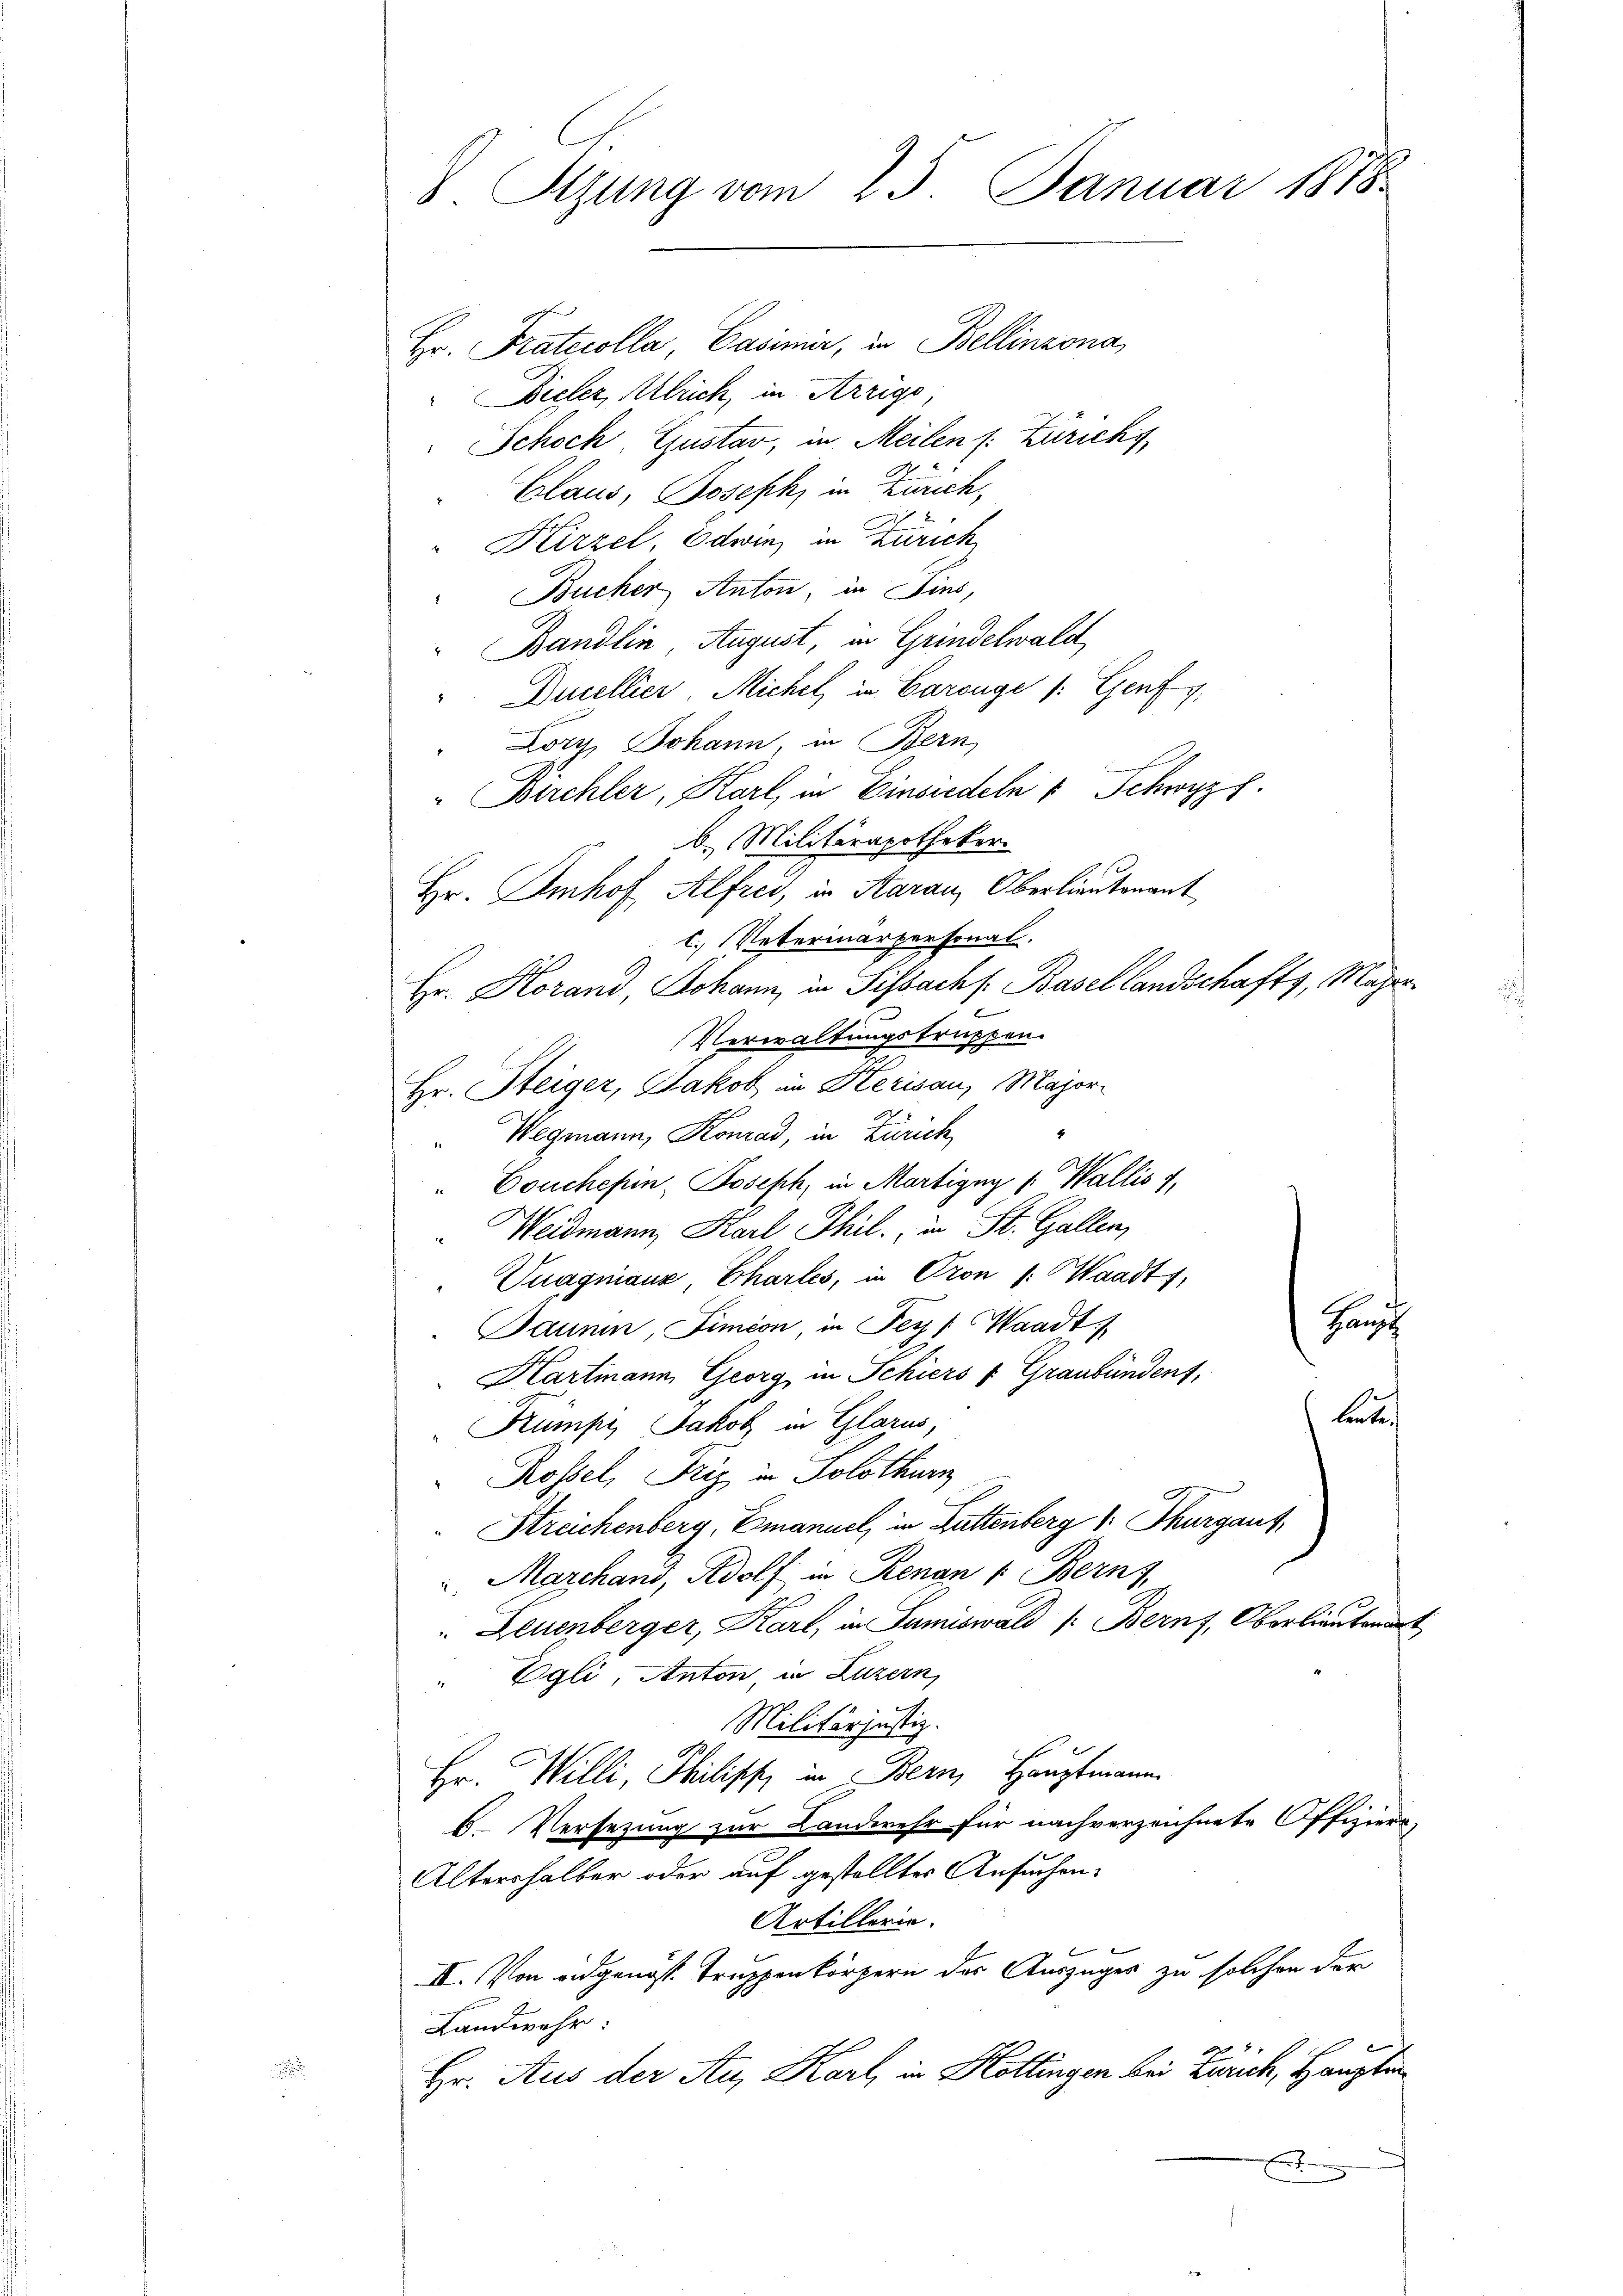
Sizung vom 25. Januar 1878.

Hr. Pratecolla Casimir, in Bellinzona,
Bieler, Allrich, in Arrigs
Schoch, Gustar, in Meilen s. Züricht
Claus, Joseph, in Zürich,
Kirzel, Edwin, in Zürich
Bucher Anton, in Fins,
 Bändlin August, in Grindelwald
Ducellier, Michel in Carouge /: Genf
Lory, Johann, in Bern,
Birchler, Karl, in Einsiedeln " Schwyz.
b. Militärapotheker
Hr. Imhof Alfred, in Aarau, Oberlieutenant
l. Veterinärpersonal.
Hr. Horand, Johann, in Sissach s. Basellandschafts, Majerf
Verwaltungstruppen.
Hr. Steiger, Jakob in Herisau, Major.
" Wegmann, Konrad, in Zürich
"Couchepin, Joseph, in Martigny v. Wallis f
Weidmann, Karl Thil., in St. Gallen,
Vuagniaux, Chartes, in Pron /: Waadt,
Hansh
Paumm, Fimion, in Fey: Waadt
Hartmann Georg in Schiers v. Graubünden,
bet
Kümpe, Jakob in Glarus,
Rossel, Friz in Solothurn
Streichenberg, Emanuel, in Buttenberg v. Thurgaus,
Marchano, Adolf in Renan (Bern,
 Leuenberger, Karl, in Sumiswald (: Bern, Oberlieutet
Egli, Anton, in Luzern,
Militärjustiz.
Hr. Willi, Philis in Bern, Hauptmann
b. Versetzung zur Landwehr für nachverzeichnete Offiziere,
Altershalber oder auf gestelltes Ansuchen¬
Artillerie.
II. Von eidgenoss Truppenkörpern des Auszuges zu solchen der
Landwehr:
Hr. Aus der Au, Karl, in Hottingen bei Zürich, Haupte
E